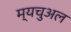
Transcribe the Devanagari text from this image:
म्यचुअल